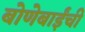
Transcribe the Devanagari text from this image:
बोणेबाईंची